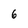
Character: 6